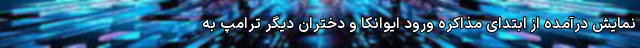
نمایش درآمده از ابتدای مذاکره ورود ایوانکا و دختران دیگر ترامپ به